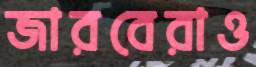
জারবেরাও